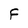
Character: F